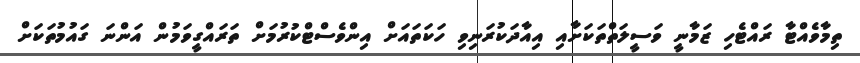
ތިމާވެއްޓާ ރައްޓެހި ޒަމާނީ ވަސީލަތްތަކަށާއި އިއާދަކުރަނިވި ހަކަތައަށް އިންވެސްޓްކުރުމަށް ތަރައްގީވަމުން އަންނަ ގައުމުތަކަށް